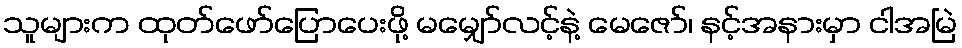
သူများက ထုတ်ဖော်ပြောပေးဖို့ မမျှော်လင့်နဲ့ မေဇော်၊ နင့်အနားမှာ ငါအမြဲ